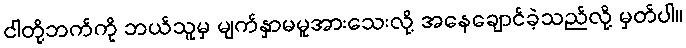
ငါတို့ဘက်ကို ဘယ်သူမှ မျက်နှာမမူအားသေးလို့ အနေချောင်ခဲ့သည်လို့ မှတ်ပါ။